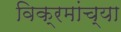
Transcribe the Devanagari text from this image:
विक्रमांच्या